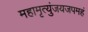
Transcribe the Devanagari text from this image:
महामृत्युंजयजपमहं